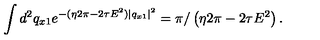
\int d ^ { 2 } q _ { x 1 } e ^ { - ( \eta 2 \pi - 2 \tau E ^ { 2 } ) | q _ { x 1 } | ^ { 2 } } = \pi / \left( \eta 2 \pi - 2 \tau E ^ { 2 } \right) .